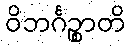
ဝိဘင်္ဂဉ္စာတိ